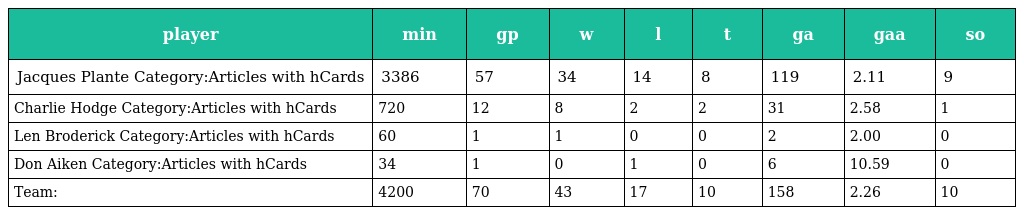
| player | min | gp | w | l | t | ga | gaa | so |
 | --- | --- | --- | --- | --- | --- | --- | --- | --- |
 | Jacques Plante Category:Articles with hCards | 3386 | 57 | 34 | 14 | 8 | 119 | 2.11 | 9 |
 | Charlie Hodge Category:Articles with hCards | 720 | 12 | 8 | 2 | 2 | 31 | 2.58 | 1 |
 | Len Broderick Category:Articles with hCards | 60 | 1 | 1 | 0 | 0 | 2 | 2.00 | 0 |
 | Don Aiken Category:Articles with hCards | 34 | 1 | 0 | 1 | 0 | 6 | 10.59 | 0 |
 | Team: | 4200 | 70 | 43 | 17 | 10 | 158 | 2.26 | 10 |